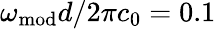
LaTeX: \omega_{\mathrm{mod}}d/2\pi c_{0}=0.1